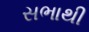
સભાથી